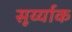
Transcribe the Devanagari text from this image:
सूर्य्याक